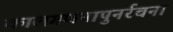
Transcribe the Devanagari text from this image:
कालगणनापुनर्रचना